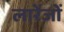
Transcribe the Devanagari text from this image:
लारेंजों